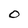
Character: O